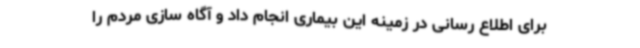
برای اطلاع رسانی در زمینه این بیماری انجام داد و آگاه سازی مردم را